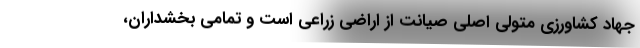
جهاد کشاورزی متولی اصلی صیانت از اراضی زراعی است و تمامی بخشداران،